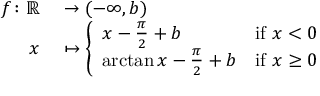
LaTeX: \begin{array} { r l } { f \colon \mathbb { R } } & { { } \to ( - \infty , b ) } \\ { x } & { { } \mapsto { \left\{ \begin{array} { l l } { x - { \frac { \pi } { 2 } } + b } & { { \mathrm { i f ~ } } x < 0 } \\ { \arctan x - { \frac { \pi } { 2 } } + b } & { { \mathrm { i f ~ } } x \geq 0 } \end{array} \right. } } \end{array}